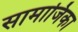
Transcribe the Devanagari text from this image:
सामाजिका